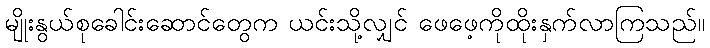
မျိုးနွယ်စုခေါင်းဆောင်တွေက ယင်းသို့လျှင် ဖေဖေ့ကိုထိုးနှက်လာကြသည်။